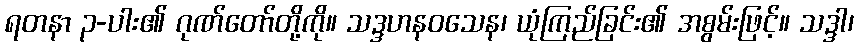
ရတနာ ၃-ပါး၏ ဂုဏ်တော်တို့ကို။ သဒ္ဒဟနဝသေန၊ ယုံကြည်ခြင်း၏ အစွမ်းဖြင့်။ သဒ္ဒါ၊